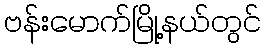
ဗန်းမောက်မြို့နယ်တွင်